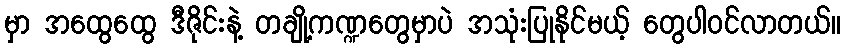
မှာ အထွေထွေ ဒီဇိုင်းနဲ့ တချို့ကဏ္ဍတွေမှာပဲ အသုံးပြုနိုင်မယ့် တွေပါဝင်လာတယ်။